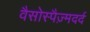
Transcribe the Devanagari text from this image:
वैसोस्पैज़्मदर्द